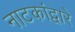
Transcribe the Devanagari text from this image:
नाटकांद्वारे